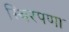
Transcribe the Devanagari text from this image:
स्थिरपणा